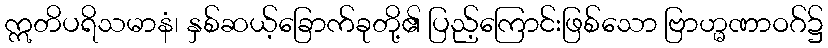
ဣတိပရိသမာနံ၊ နှစ်ဆယ့်ခြောက်ခုတို့၏ ပြည့်ကြောင်းဖြစ်သော ဗြာဟ္မဏာဝဂ်၌